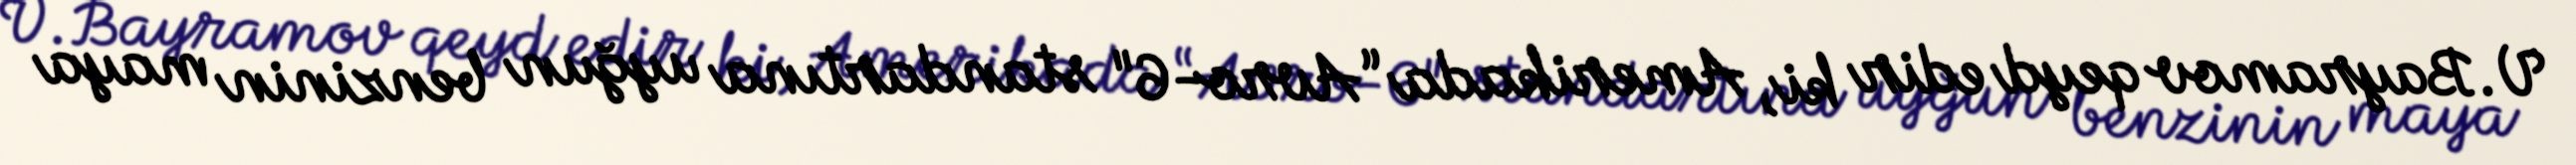
V.Bayramov qeyd edir ki, Amerikada “Avro-6" standartına uyğun benzinin maya